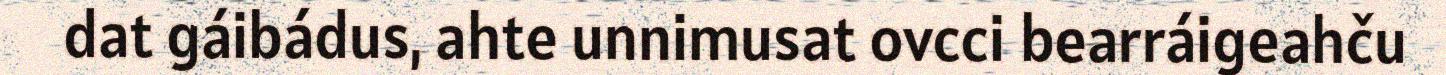
dat gáibádus, ahte unnimusat ovcci bearráigeahču